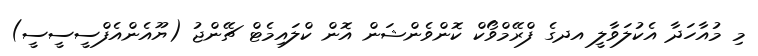
މި މުއާހަދާ އެކުލަވާލީ އދގެ ފްރޭމްވޯކް ކޮންވެންޝަން އޮން ކްލައިމެޓް ޗޭންޖު (ޔޫއެންއެފްސީސީސީ)